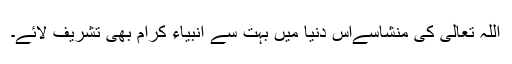
اللہ تعالیٰ کی منشاسےاس دنیا میں بہت سے انبیاء کرام بھی تشریف لائے۔